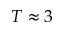
T \approx 3